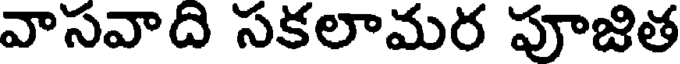
వాసవాది సకలామర పూజిత